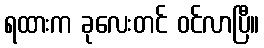
ရထားက ခုလေးတင် ဝင်လာပြီ။